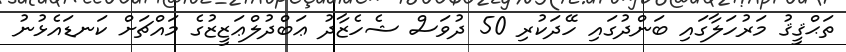
ތަޙްޤީޤު މަރުހަލާގައި ބަންދުގައި ހޭދަކުރި 50 ދުވަސް ޝެހެޒާދު ޢަބްދުލްޢަޒީޒުގެ މައްޗަށް ކަނޑައެޅުނު